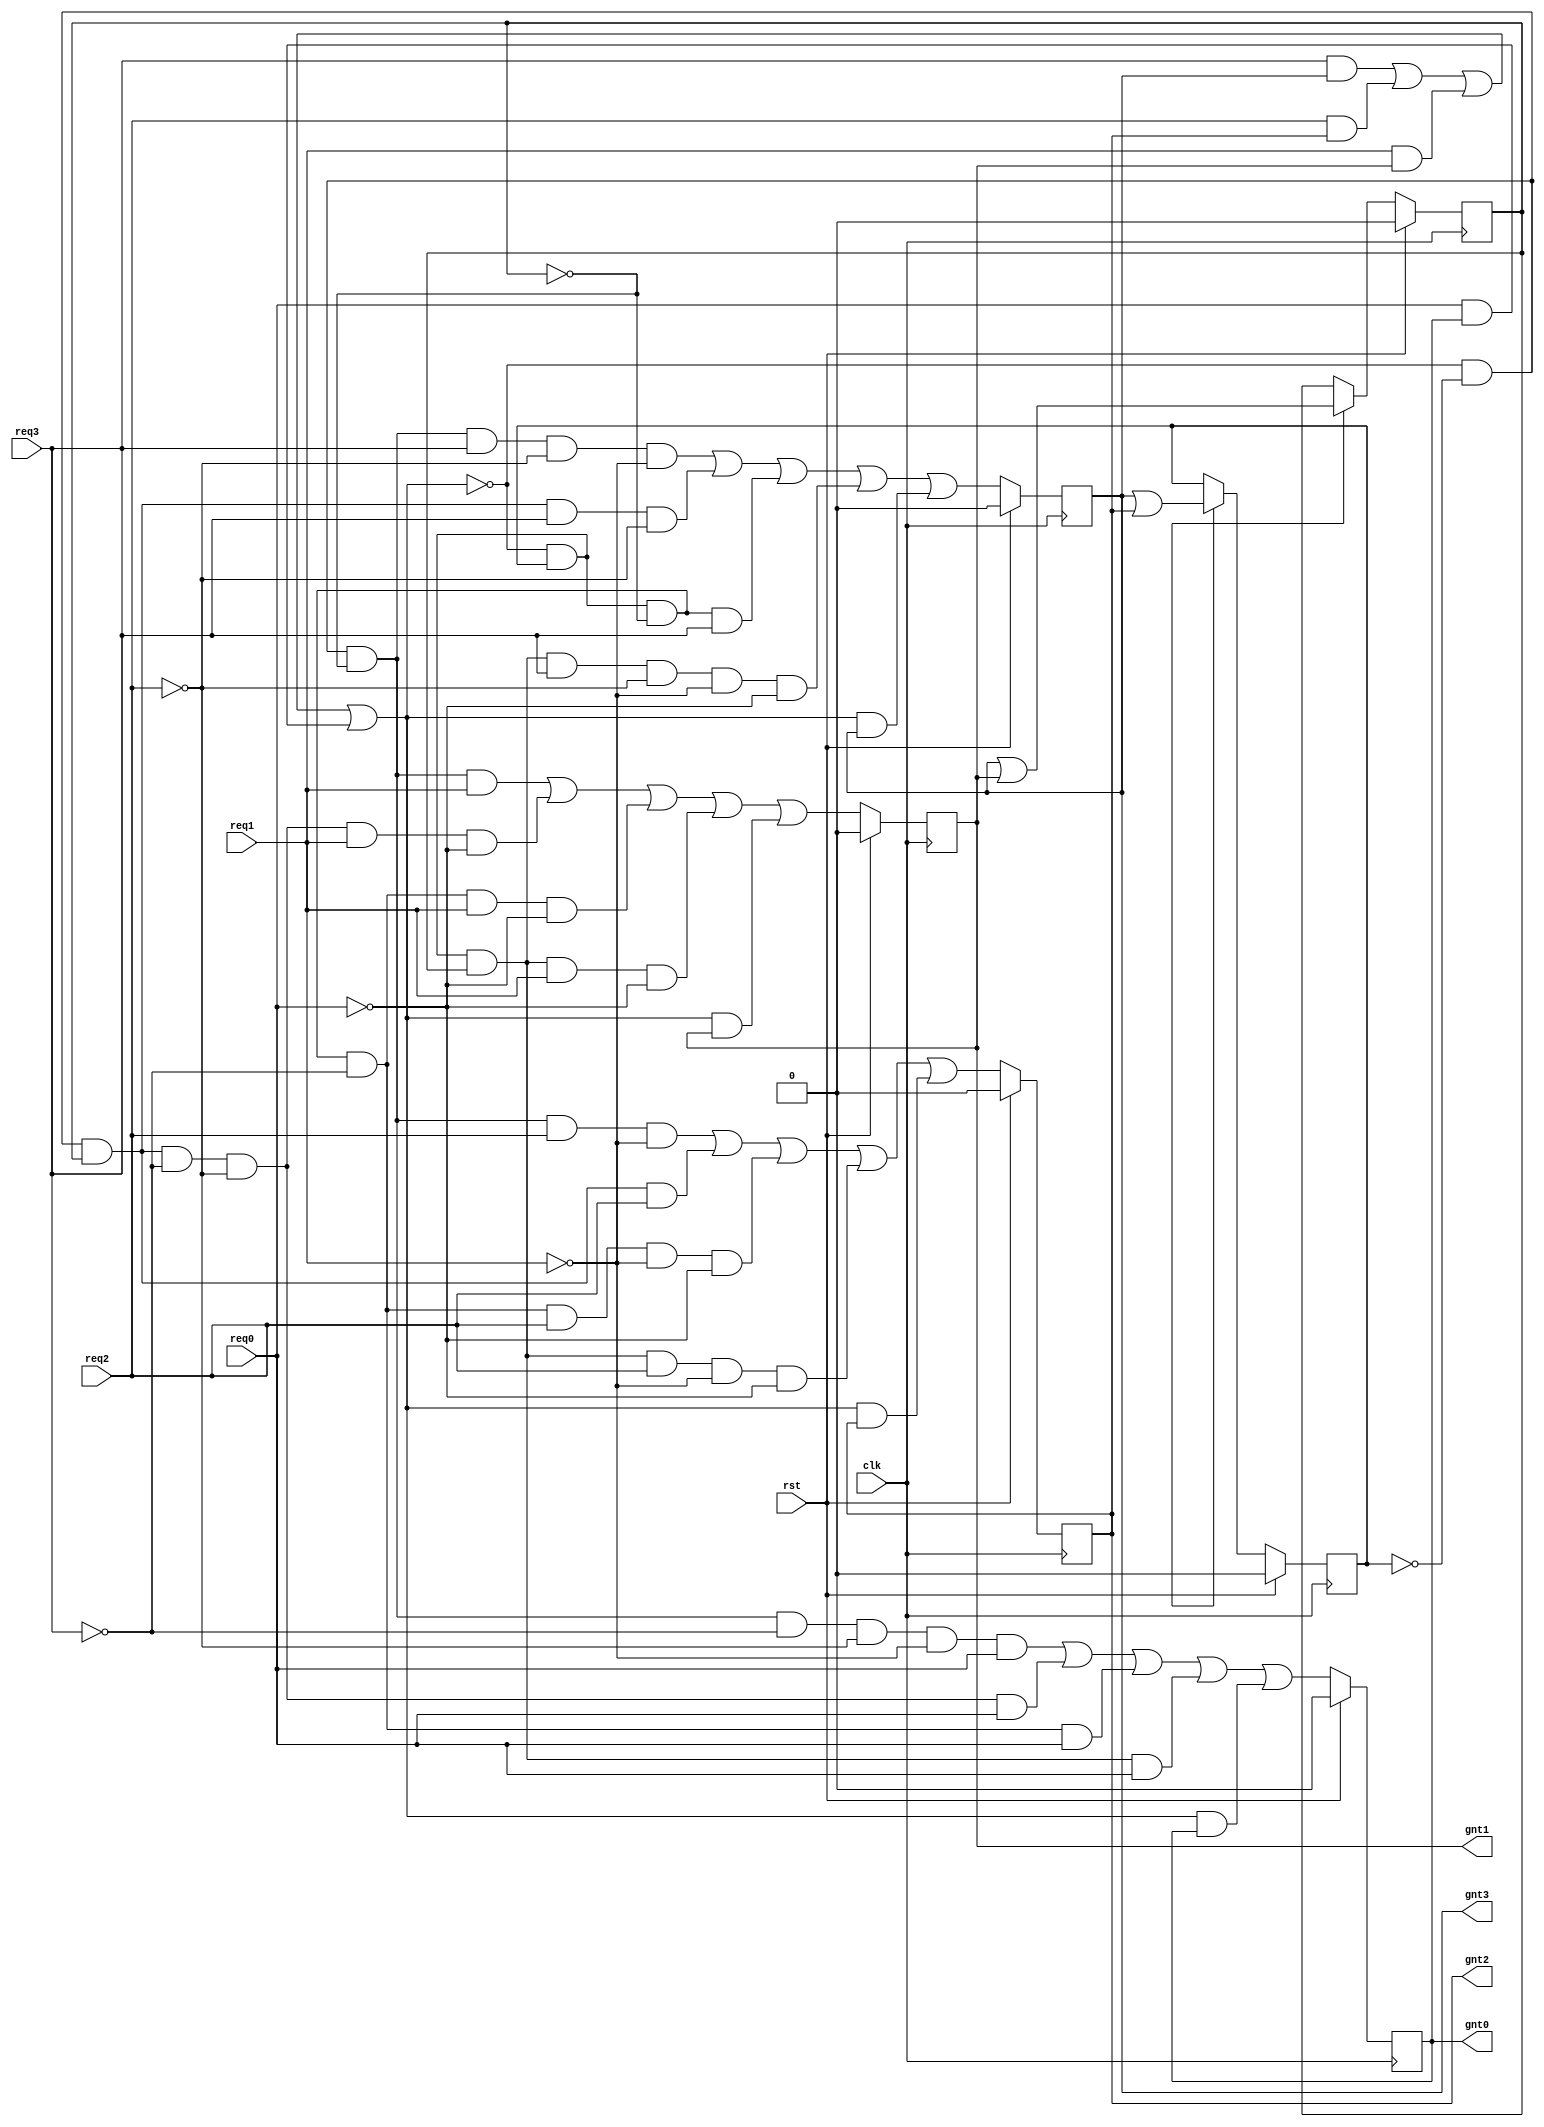
module arbiter (
  clk,    
  rst,    
  req3,   
  req2,   
  req1,   
  req0,   
  gnt3,   
  gnt2,   
  gnt1,   
  gnt0   
);
// PORT DECLARATION
input           clk;    //CLOCK
input           rst;    //RESET
input           req3;   //REQUEST SIGNALS
input           req2;   
input           req1;   
input           req0;   
output          gnt3;   //GRANT SIGNALS
output          gnt2;   
output          gnt1;   
output          gnt0;   

//INTERNAL REGISTERS
wire    [1:0]   gnt       ;   
wire            comreq    ;    
wire            beg       ;   // BEGIN SIGNAL
wire   [1:0]    lgnt      ;  // LATCHED ENCODED GRANT
wire            lcomreq   ;  // BUS STATUS
reg             lgnt0     ;  // LATCHED GRANTS
reg             lgnt1     ;
reg             lgnt2     ;
reg             lgnt3     ;
reg             mask_enable   ;
reg             lmask0    ;
reg             lmask1    ;
reg             ledge    ;

//--//
  
always @ (posedge clk)
  
  if (rst)  //if reset is true
  begin
    lgnt0 <= 0;
    lgnt1 <= 0;
    lgnt2 <= 0;
    lgnt3 <= 0;
  end 
  
  else
    begin                                     
  lgnt0 <=(~lcomreq & ~lmask1 & ~lmask0 & ~req3 & ~req2 & ~req1 & req0)
        | (~lcomreq & ~lmask1 &  lmask0 & ~req3 & ~req2 &  req0)
        | (~lcomreq &  lmask1 & ~lmask0 & ~req3 &  req0)
        | (~lcomreq &  lmask1 &  lmask0 & req0  )
        | ( lcomreq & lgnt0 );
      
  lgnt1 <=(~lcomreq & ~lmask1 & ~lmask0 &  req1)
        | (~lcomreq & ~lmask1 &  lmask0 & ~req3 & ~req2 &  req1 & ~req0)
        | (~lcomreq &  lmask1 & ~lmask0 & ~req3 &  req1 & ~req0)
        | (~lcomreq &  lmask1 &  lmask0 &  req1 & ~req0)
        | ( lcomreq &  lgnt1);
      
  lgnt2 <=(~lcomreq & ~lmask1 & ~lmask0 &  req2  & ~req1)
        | (~lcomreq & ~lmask1 &  lmask0 &  req2)
        | (~lcomreq &  lmask1 & ~lmask0 & ~req3 &  req2  & ~req1 & ~req0)
        | (~lcomreq &  lmask1 &  lmask0 &  req2 & ~req1 & ~req0)
        | ( lcomreq &  lgnt2);
      
  lgnt3 <=(~lcomreq & ~lmask1 & ~lmask0 & req3  & ~req2 & ~req1)
        | (~lcomreq & ~lmask1 &  lmask0 & req3  & ~req2)
        | (~lcomreq &  lmask1 & ~lmask0 & req3)
        | (~lcomreq &  lmask1 &  lmask0 & req3  & ~req2 & ~req1 & ~req0)
        | ( lcomreq & lgnt3);
end 

 //BEGIN SIGNAL
  
  assign beg = (req3 | req2 | req1 | req0) & ~lcomreq;  
  

 // comreq logic (BUS STATUS)

assign lcomreq = ( req3 & lgnt3 )
                | ( req2 & lgnt2 )
                | ( req1 & lgnt1 )
                | ( req0 & lgnt0 );


// Encoder logic
  
assign  lgnt =  {(lgnt3 | lgnt2),(lgnt3 | lgnt1)};


// lmask register.

always @ (posedge clk )
if( rst ) 
  begin
    lmask1 <= 0;
    lmask0 <= 0;
  end 
 else if(mask_enable) 
    begin
      lmask1 <= lgnt[1];
      lmask0 <= lgnt[0];
    end 
 else 
    begin
      lmask1 <= lmask1;
      lmask0 <= lmask0;
    end 

  
assign comreq = lcomreq;
assign gnt    = lgnt;

// Drive the outputs

assign gnt3   = lgnt3;
assign gnt2   = lgnt2;
assign gnt1   = lgnt1;
assign gnt0   = lgnt0;

endmodule